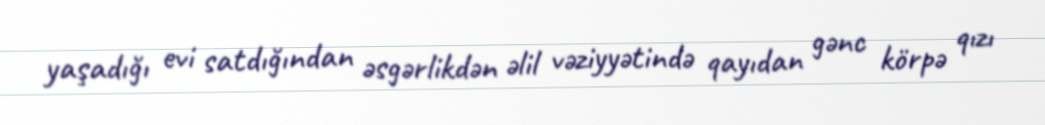
yaşadığı evi satdığından əsgərlikdən əlil vəziyyətində qayıdan gənc körpə qızı